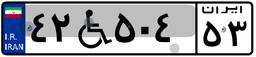
۸۱W۵۱۷۷۲